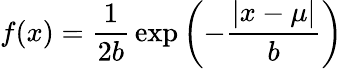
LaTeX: f(x)={\frac{1}{2b}}\exp\left(-{\frac{|x-\mu|}{b}}\right)